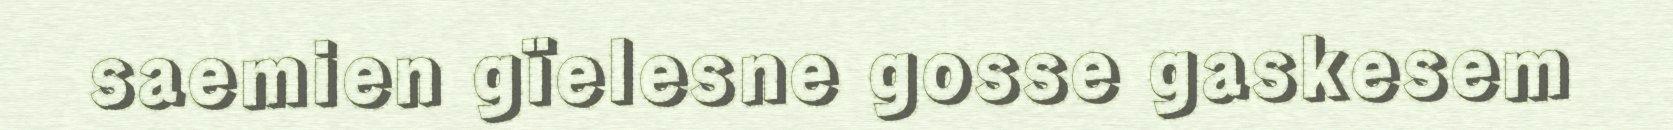
saemien gïelesne gosse gaskesem